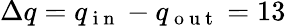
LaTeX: \Delta q=q_{\mathrm{~i~n~}}-q_{\mathrm{~o~u~t~}}=13